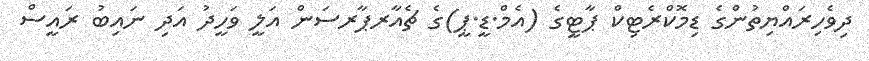
ދިވެހިރައްޔިތުންގެ ޑިމޮކްރެޓިކް ޕާޓީގެ (އެމް.ޑީ.ޕީ)ގެ ޗެއާރޕާރސަން އަލީ ވަހީދު އަދި ނައިބު ރައީސް